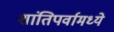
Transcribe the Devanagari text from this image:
शांतिपर्वामध्ये